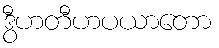
ဒွီဟတီဟပယာတော